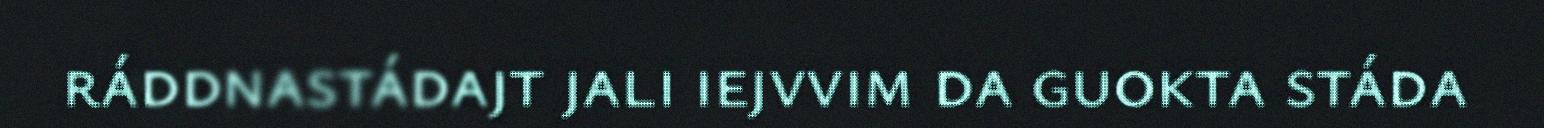
ráddnastádajt jali iejvvim da guokta stáda